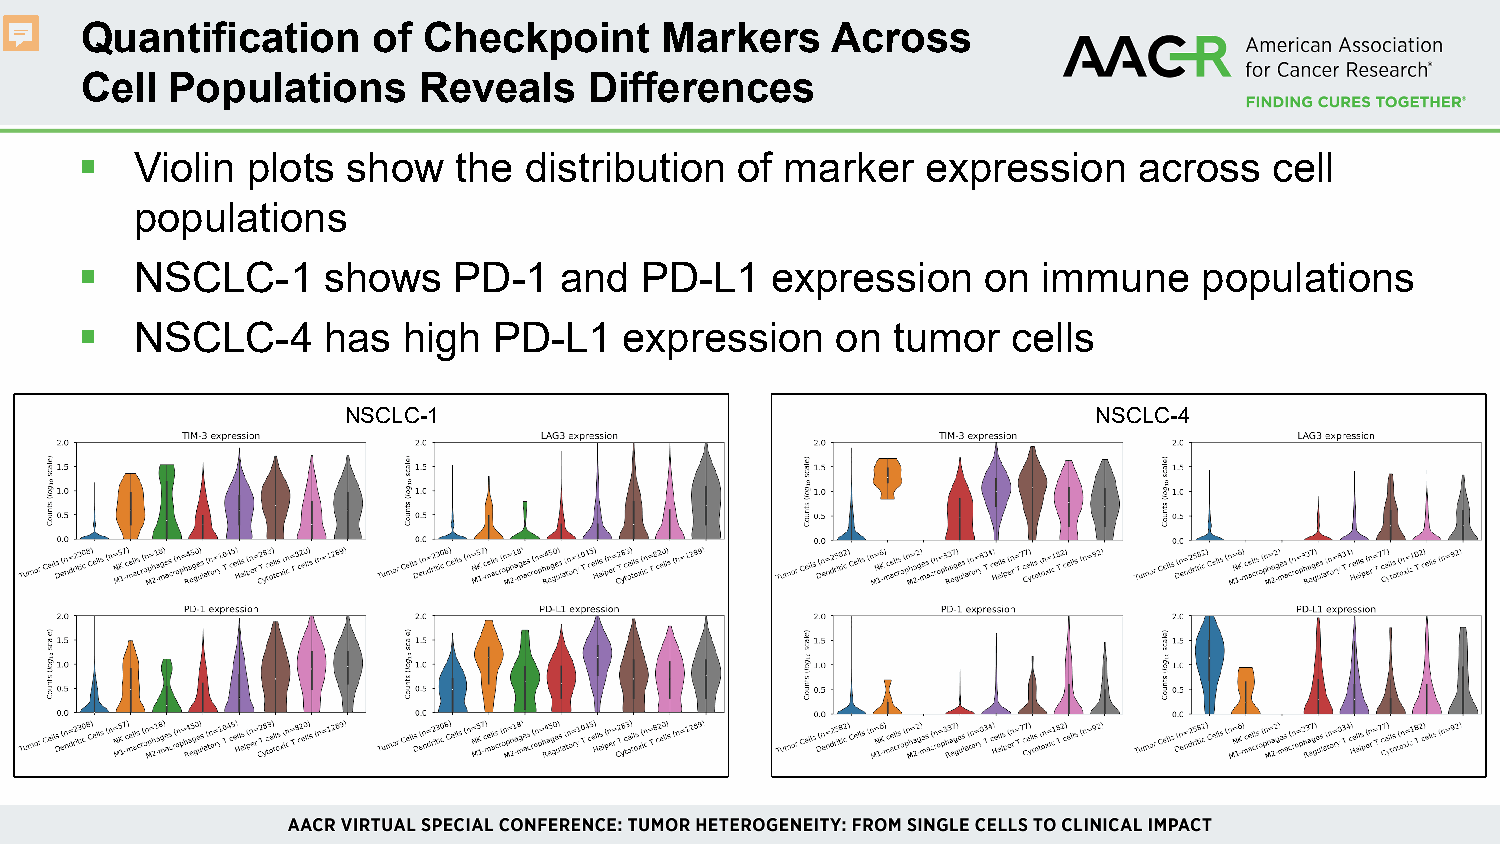
Quantification      of Checkpoint      Markers    Across
 Cell  Populations      Reveals    Differences
    Violin plots  show   the  distribution  of marker   expression    across   cell
 populations
    NSCLC-1     shows    PD-1   and  PD-L1    expression    on  immune     populations
    NSCLC-4     has   high  PD-L1   expression    on  tumor   cells
 NSCLC-1                                           NSCLC-4